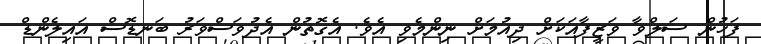
ފަހުން ސަލްވާ ވަޒީފާއަކަށް ދިއުމަށް ނިންމެވި އެވެ. އެގޮތުން އެދުވަސްވަރު ބަނޑޮސް އައިލެންޑް